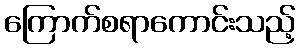
ကြောက်စရာကောင်းသည့်